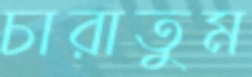
চারাতুম